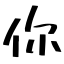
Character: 你